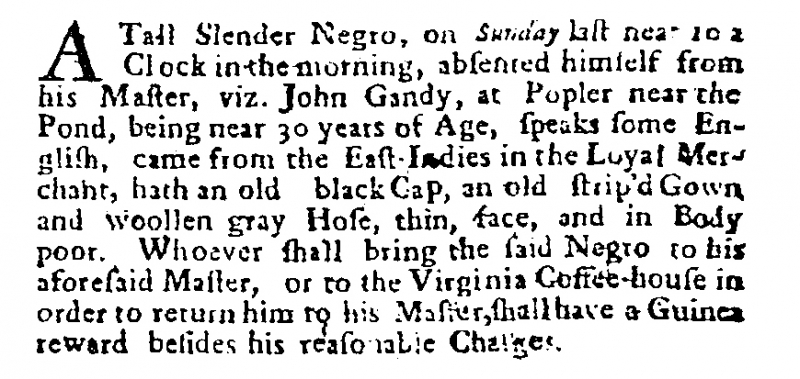
Post Man and the Historical Account, 30 September 1701 (England)
A Tall Slender Negro, on Sunday last near 10 a Clock in the morning, absented himself from his Master, viz. John Gandy, at Popler near the Pond, being near 30 years of Age, speaks some English, came from the East Indies in the Loyal Merchant, hath an old black Cap, an old strip’d Gown, and woollen gray Hose, thin, face, and in Body poor. Whoever shall bring the said Negro to his aforesaid Master, or to the Virginia Coffee-house in order to return him to his Master, shall have a Guinea reward besides his reasonable Charges.